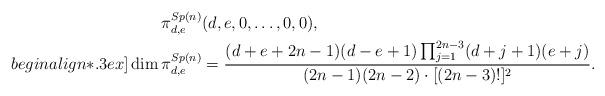
LaTeX: \begin{align*}\begin{aligned} \pi^{Sp(n)}_{d,e} & (d,e,0,\ldots,0,0), \\begin{align*}.3ex] \dim \pi^{Sp(n)}_{d,e}&= \frac{(d+e+2n-1)(d-e+1)\prod_{j=1}^{2n-3} (d+j+1)(e+j)}{(2n -1)(2n-2)\cdot [(2n-3)!]^2}. \end{aligned}\end{align*}